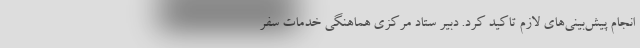
انجام پیش‌بینی‌های لازم تاکید کرد. دبیر ستاد مرکزی هماهنگی خدمات سفر